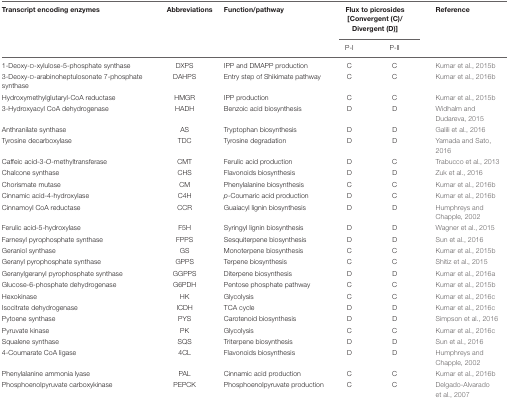
<table><thead><tr><td><b>Transcript encoding enzymes</b></td><td><b>Abbreviations</b></td><td><b>Function/pathway</b></td><td colspan="2"><b>Flux to picrosides [Convergent (C)/ Divergent (D)]</b></td><td><b>Reference</b></td></tr><tr><td></td><td></td><td></td><td><b>P-I</b></td><td><b>P-II</b></td><td></td></tr></thead><tbody><tr><td>1-Deoxy-D-xylulose-5-phosphate synthase</td><td>DXPS</td><td>IPP and DMAPP production</td><td>C</td><td>C</td><td>Kumar et al., 2015b</td></tr><tr><td>3-Deoxy-D-arabinoheptulosonate 7-phosphate synthase</td><td>DAHPS</td><td>Entry step of Shikimate pathway</td><td>C</td><td>C</td><td>Kumar et al., 2016b</td></tr><tr><td>Hydroxymethylglutaryl-CoA reductase</td><td>HMGR</td><td>IPP production</td><td>C</td><td>C</td><td>Kumar et al., 2015b</td></tr><tr><td>3-Hydroxyacyl CoA dehydrogenase</td><td>HADH</td><td>Benzoic acid biosynthesis</td><td>D</td><td>D</td><td>Widhalm and Dudareva, 2015</td></tr><tr><td>Anthranilate synthase</td><td>AS</td><td>Tryptophan biosynthesis</td><td>D</td><td>D</td><td>Galili et al., 2016</td></tr><tr><td>Tyrosine decarboxylase</td><td>TDC</td><td>Tyrosine degradation</td><td>D</td><td>D</td><td>Yamada and Sato, 2016</td></tr><tr><td>Caffeic acid-3-<i>O</i>-methyltransferase</td><td>CMT</td><td>Ferulic acid production</td><td>D</td><td>C</td><td>Trabucco et al., 2013</td></tr><tr><td>Chalcone synthase</td><td>CHS</td><td>Flavonoids biosynthesis</td><td>D</td><td>D</td><td>Zuk et al., 2016</td></tr><tr><td>Chorismate mutase</td><td>CM</td><td>Phenylalanine biosynthesis</td><td>C</td><td>C</td><td>Kumar et al., 2016b</td></tr><tr><td>Cinnamic acid-4-hydroxylase</td><td>C4H</td><td><i>p</i>-Coumaric acid production</td><td>D</td><td>C</td><td>Kumar et al., 2016b</td></tr><tr><td>Cinnamoyl CoA reductase</td><td>CCR</td><td>Guaiacyl lignin biosynthesis</td><td>D</td><td>D</td><td>Humphreys and Chapple, 2002</td></tr><tr><td>Ferulic acid-5-hydroxylase</td><td>F5H</td><td>Syringyl lignin biosynthesis</td><td>D</td><td>D</td><td>Wagner et al., 2015</td></tr><tr><td>Farnesyl pyrophosphate synthase</td><td>FPPS</td><td>Sesquiterpene biosynthesis</td><td>D</td><td>D</td><td>Sun et al., 2016</td></tr><tr><td>Geraniol synthase</td><td>GS</td><td>Monoterpene biosynthesis</td><td>C</td><td>C</td><td>Kumar et al., 2015b</td></tr><tr><td>Geranyl pyrophosphate synthase</td><td>GPPS</td><td>Terpene biosynthesis</td><td>C</td><td>C</td><td>Shitiz et al., 2015</td></tr><tr><td>Geranylgeranyl pyrophosphate synthase</td><td>GGPPS</td><td>Diterpene biosynthesis</td><td>D</td><td>D</td><td>Kumar et al., 2016a</td></tr><tr><td>Glucose-6-phosphate dehydrogenase</td><td>G6PDH</td><td>Pentose phosphate pathway</td><td>C</td><td>C</td><td>Kumar et al., 2015b</td></tr><tr><td>Hexokinase</td><td>HK</td><td>Glycolysis</td><td>C</td><td>C</td><td>Kumar et al., 2016c</td></tr><tr><td>Isocitrate dehydrogenase</td><td>ICDH</td><td>TCA cycle</td><td>D</td><td>D</td><td>Kumar et al., 2016c</td></tr><tr><td>Pytoene synthase</td><td>PYS</td><td>Carotenoid biosynthesis</td><td>D</td><td>D</td><td>Simpson et al., 2016</td></tr><tr><td>Pyruvate kinase</td><td>PK</td><td>Glycolysis</td><td>C</td><td>C</td><td>Kumar et al., 2016c</td></tr><tr><td>Squalene synthase</td><td>SQS</td><td>Triterpene biosynthesis</td><td>D</td><td>D</td><td>Sun et al., 2016</td></tr><tr><td>4-Coumarate CoA ligase</td><td>4CL</td><td>Flavonoids biosynthesis</td><td>D</td><td>D</td><td>Humphreys and Chapple, 2002</td></tr><tr><td>Phenylalanine ammonia lyase</td><td>PAL</td><td>Cinnamic acid production</td><td>C</td><td>C</td><td>Kumar et al., 2016b</td></tr><tr><td>Phosphoenolpyruvate carboxykinase</td><td>PEPCK</td><td>Phosphoenolpyruvate production</td><td>C</td><td>C</td><td>Delgado-Alvarado et al., 2007</td></tr></tbody></table>